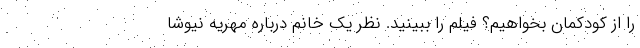
را از کودکمان بخواهیم؟ فیلم را ببینید. نظر یک خانم درباره مهریه نیوشا